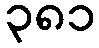
၃၈၁